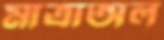
মাত্রাঅল